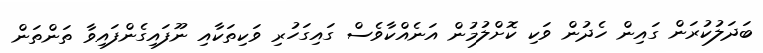
ބަދަލުކުރަން ގައިން ހެދުން ވަކި ކޮށްލުމުން އަނެއްކާވެސް ގައިގަހުރި ވަކިތަކާއި ނޫފައިގެންފައިވާ ތަންތަން